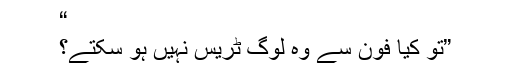
“
”تو کیا فون سے وہ لوگ ٹریس نہیں ہو سکتے؟